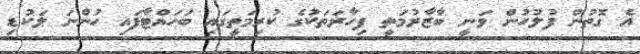
އެ ގޮތުން ފުލުހުން ވަނީ ބާޒާރުމަތީ ފިހާރަތަކުގެ ކުރިމަތީގައި ބަހައްޓާފައި ހުންނަ ލަކުޑި